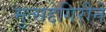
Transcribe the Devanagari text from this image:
मुत्सद्देगिरीने